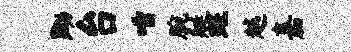
黝台唾腕艇斑越嘉